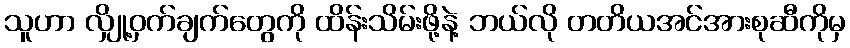
သူဟာ လျှို့ဝှက်ချက်တွေကို ထိန်းသိမ်းဖို့နဲ့ ဘယ်လို တတိယအင်အားစုဆီကိုမှ